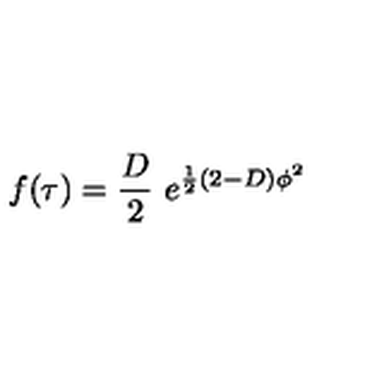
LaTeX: f ( \tau ) = \frac { D } { 2 } \ e ^ { \frac { 1 } { 2 } ( 2 - D ) \phi ^ { 2 } }